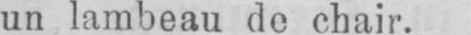
un lambeau de chair.